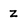
Character: z